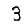
Digit: 3